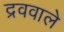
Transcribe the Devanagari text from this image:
द्रववाले